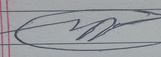
Signature authenticity: forged